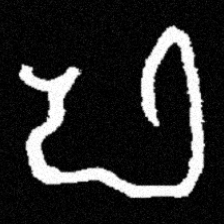
Pyu character \u2014 Myanmar letter: ဖ (romanized: pha)